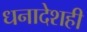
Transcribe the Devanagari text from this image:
धनादेशही